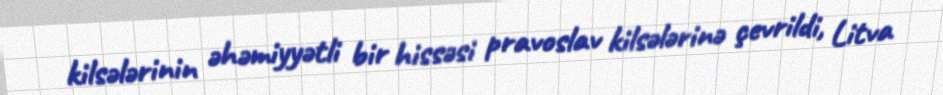
kilsələrinin əhəmiyyətli bir hissəsi pravoslav kilsələrinə çevrildi, Litva